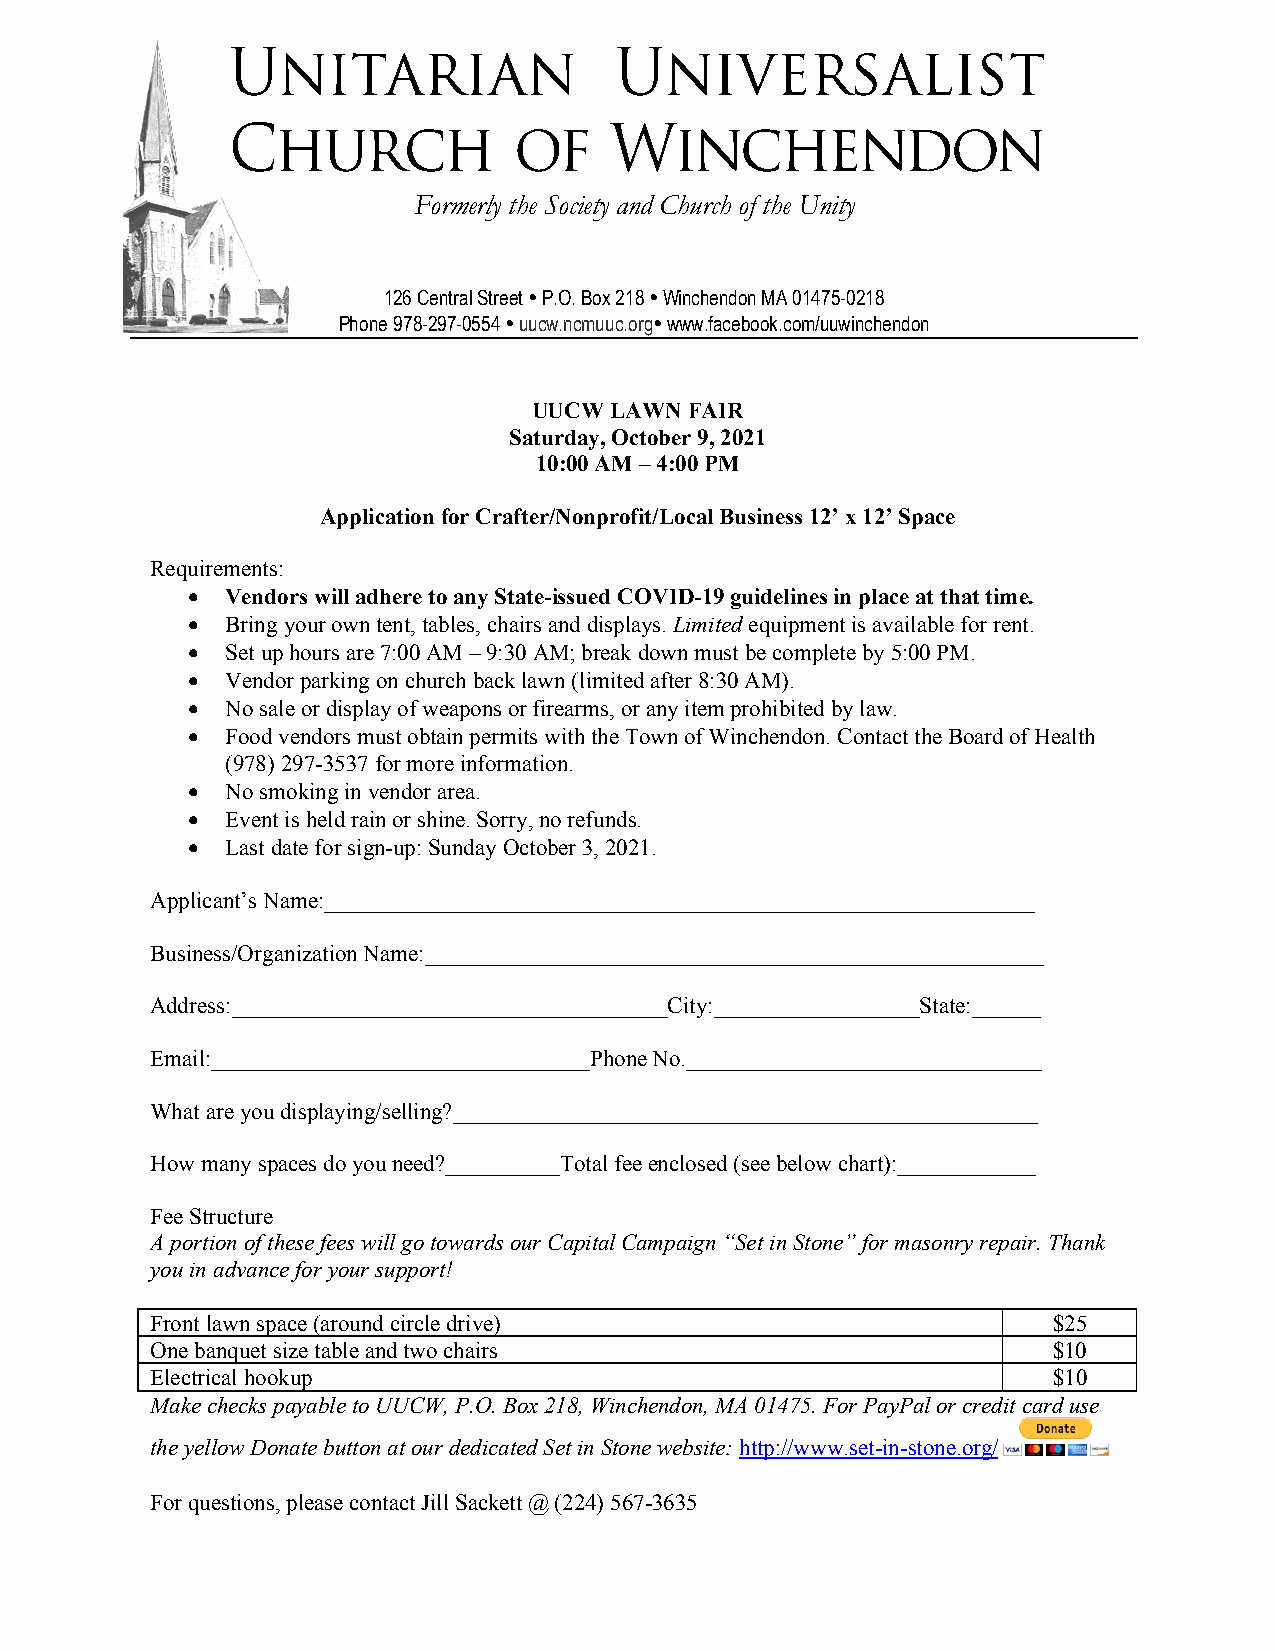
Formerly the Society and Church of the Unity
 126 Central Street  P.O. Box 218  Winchendon MA 01475-0218
 Phone 978-297-0554  uucw.ncmuuc.org www.facebook.com/uuwinchendon
 UUCW LAWN  FAIR
 Saturday, October 9, 2021
 10:00 AM – 4:00 PM
 Application for Crafter/Nonprofit/Local Business 12’ x 12’ Space
 Requirements:
 •  Vendors will adhere to any State-issued COVID-19 guidelines in place at that time.
 •  Bring your own tent, tables, chairs and displays. Limited equipment is available for rent.
 •  Set up hours are 7:00 AM – 9:30 AM; break down must be complete by 5:00 PM.
 •  Vendor parking on church back lawn (limited after 8:30 AM).
 •  No sale or display of weapons or firearms, or any item prohibited by law.
 •  Food vendors must obtain permits with the Town of Winchendon. Contact the Board of Health
 (978) 297-3537 for more information.
 •  No smoking in vendor area.
 •  Event is held rain or shine. Sorry, no refunds.
 •  Last date for sign-up: Sunday October 3, 2021.
 Applicant’s Name:______________________________________________________________
 Business/Organization Name:______________________________________________________
 Address:______________________________________City:__________________State:______
 Email:_________________________________Phone No._______________________________
 What are you displaying/selling?___________________________________________________
 How many spaces do you need?__________Total fee enclosed (see below chart):____________
 Fee Structure
 A portion of these fees will go towards our Capital Campaign “Set in Stone” for masonry repair. Thank
 you in advance for your support!
 Front lawn space (around circle drive)                      $25
 One banquet size table and two chairs                       $10
 Electrical hookup                                           $10
 Make checks payable to UUCW, P.O. Box 218, Winchendon, MA 01475. For PayPal or credit card use
 the yellow Donate button at our dedicated Set in Stone website: http://www.set-in-stone.org/
 For questions, please contact Jill Sackett @ (224) 567-3635